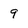
Character: 9